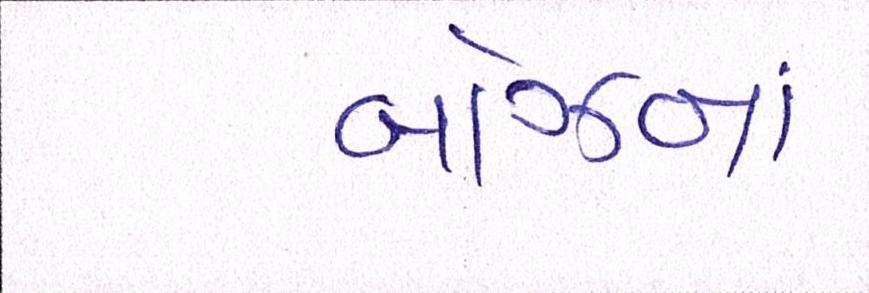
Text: બોઝનાં